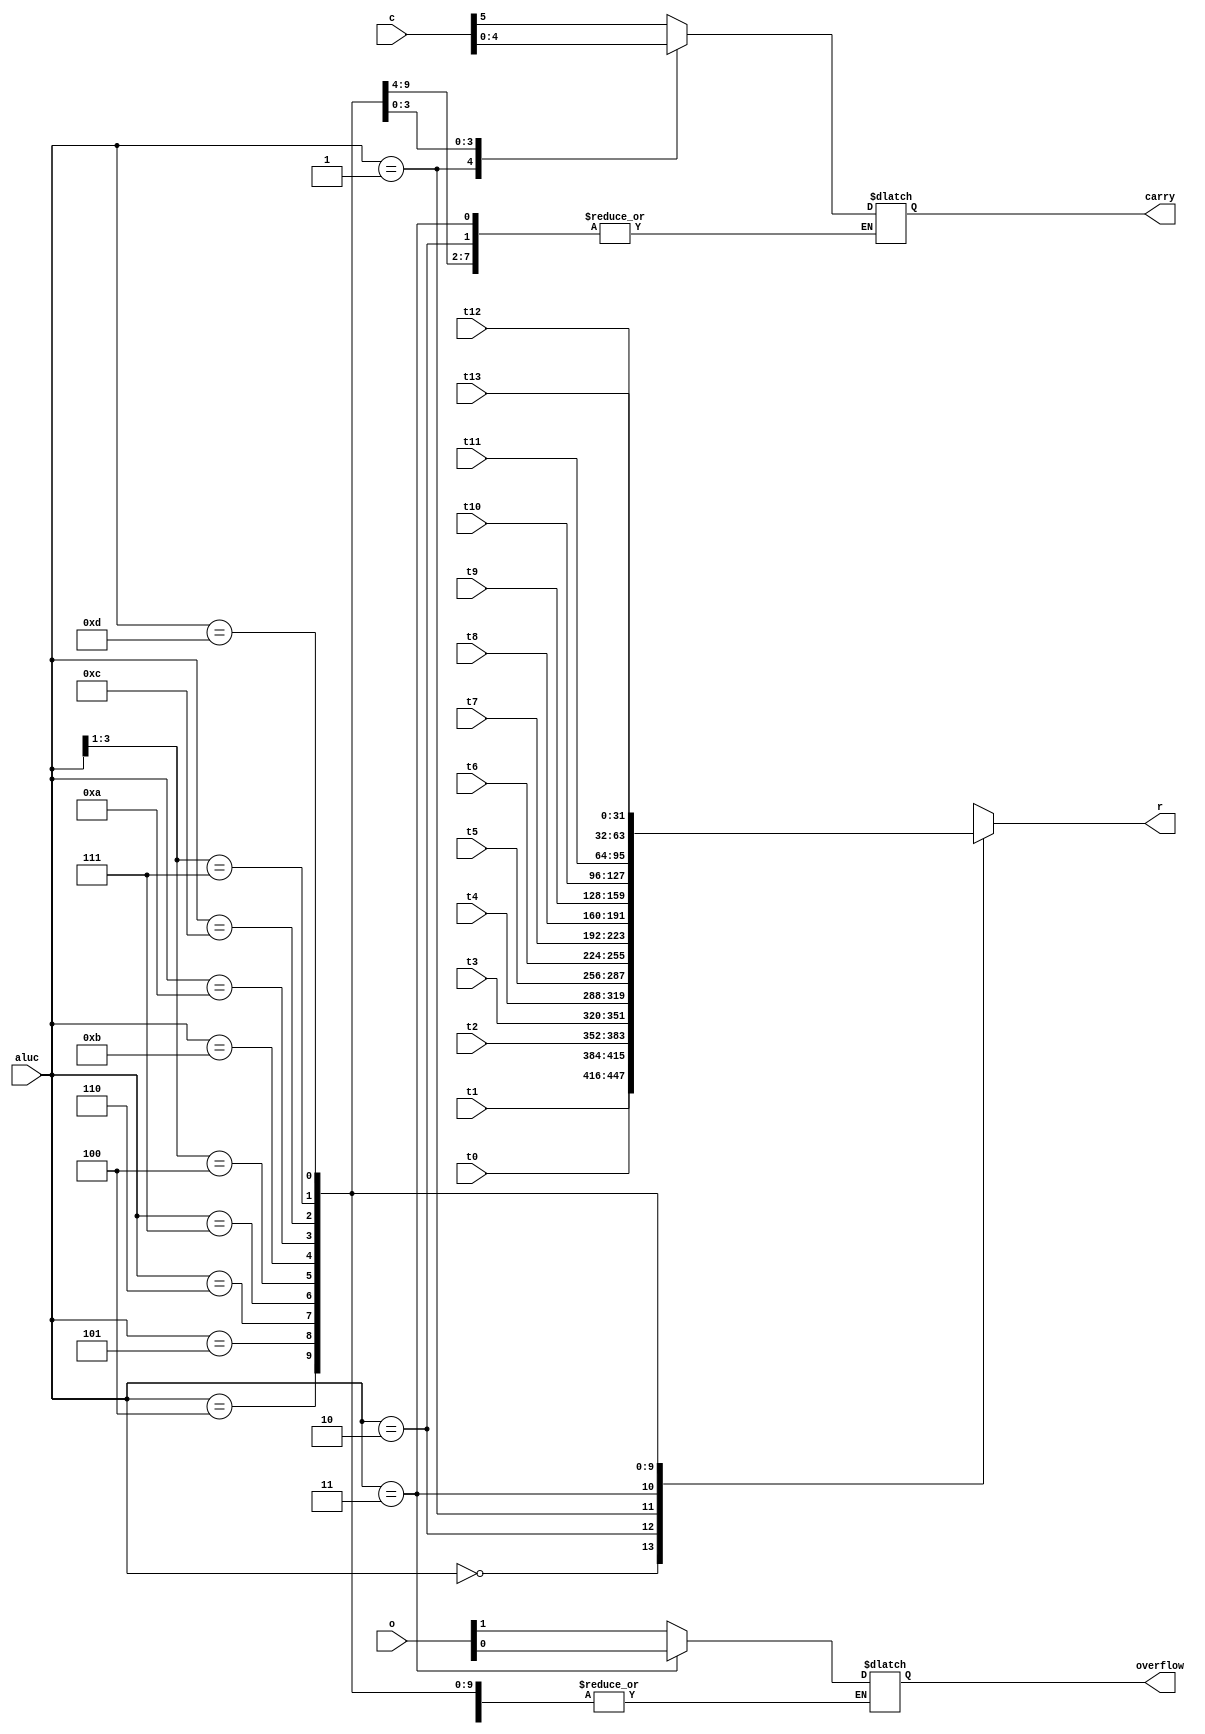
`timescale 1ns / 1ns
module alu_selector(
    input[31:0] t0,
    input[31:0] t1,
    input[31:0] t2,
    input[31:0] t3,
    input[31:0] t4,
    input[31:0] t5,
    input[31:0] t6,
    input[31:0] t7,
    input[31:0] t8,
    input[31:0] t9,
    input[31:0] t10,
    input[31:0] t11,
    input[31:0] t12,
    input[31:0] t13,
    input[3:0] aluc,
    input[0:5] c,
    input[0:1] o,
    output reg[31:0] r,
    output reg carry,
    output reg overflow
    );
    always@(*)
    begin
    casex(aluc)
        4'b0000:begin r=t0;carry=c[0];end
        4'b0010:begin r=t1;overflow=o[0];end
        4'b0001:begin r=t2;carry=c[1];end
        4'b0011:begin r=t3;overflow=o[1];end
        4'b0100:r=t4;
        4'b0101:r=t5;
        4'b0110:r=t6;
        4'b0111:r=t7;
        4'b100x:r=t8;
        4'b1011:r=t9;
        4'b1010:begin r=t10;carry=c[2];end
        4'b1100:begin r=t11;carry=c[3];end
        4'b111x:begin r=t12;carry=c[4];end
        4'b1101:begin r=t13;carry=c[5];end
        default:$display("Unspecified control signals");
    endcase
    end
endmodule